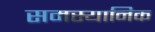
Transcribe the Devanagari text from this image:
समस्यानिक